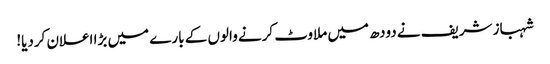
شہباز شریف نے دودھ میں ملاوٹ کرنے والوں کے بارے میں بڑا اعلان کردیا!